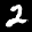
Digit: 2